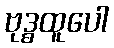
ဗုဒ္ဓထူပေါ